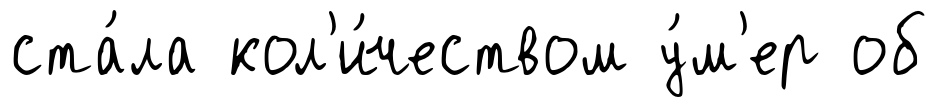
ста́ла кол'и́чеством у́м'ер об